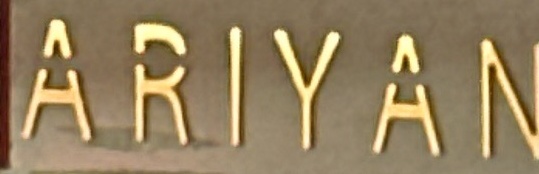
ARIYAN